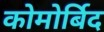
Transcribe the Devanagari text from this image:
कोमोर्बिद